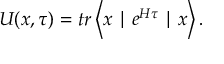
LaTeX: U ( x , \tau ) = t r \left\langle x \mid e ^ { H \tau } \mid x \right\rangle .